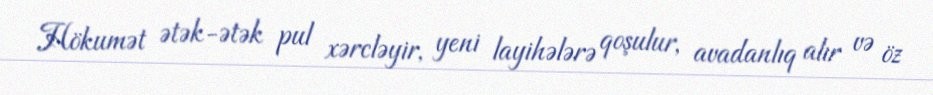
Hökumət ətək-ətək pul xərcləyir, yeni layihələrə qoşulur, avadanlıq alır və öz